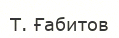
Т. Ғабитов